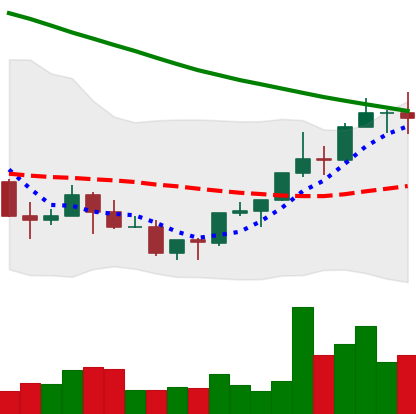
Ticker: NEO-USD
Chart end date: 2022-03-25
Forward return: 16.934%
Label: up_7plus